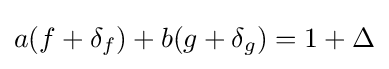
a(f+\delta _{f})+b(g+\delta _{g})=1+\Delta